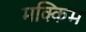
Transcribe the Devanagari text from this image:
मक्किम